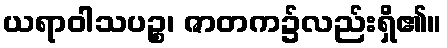
ယရာဝါသပဉ္စ၊ ဇာတက၌လည်းရှိ၏။